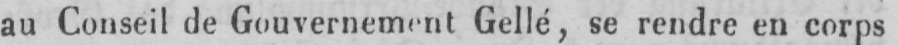
au Conseil de Gouvernement Gellé, se rendre en corps